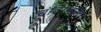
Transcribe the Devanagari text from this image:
चंदिगडला